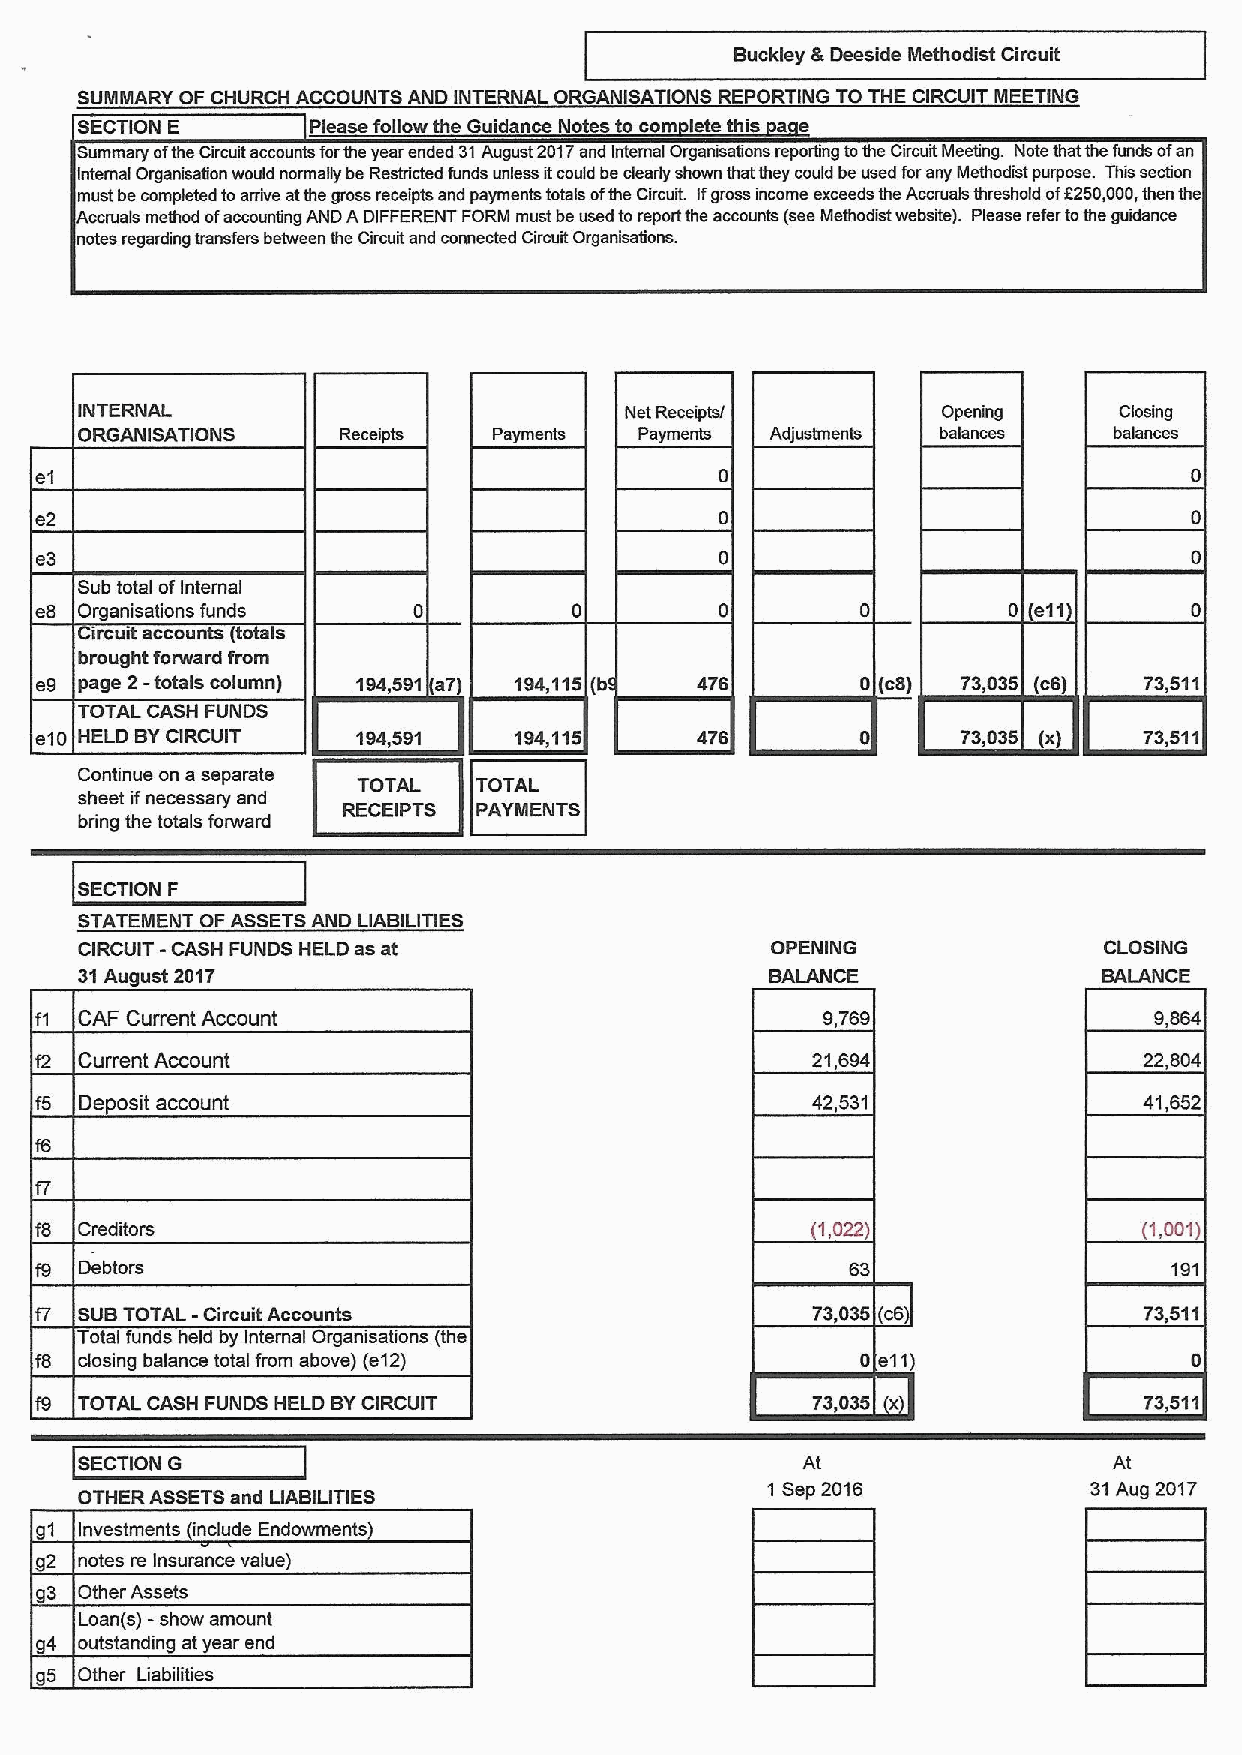
Buckley &Deeside Nlethodist Circuit
 SUIIIIMARY OF CHURCH ACCOUNTS AND INTERNAL ORGANISATIONS REPORTING TO THE CIRCUIT IIIIEETING
 SECTION E       Please followthe Guidance Notes to com lets this a e
 Summary ofthe Circuit accounts forthe year ended 31August 2017snd Internal Orgsnissfions reporting tothe Circuit Meeting. Note that the funds ofan
 Internal Organisabcn would normally be Resbicted funds unless itcould be clearly shown that they could be used forany Methodist purpose. This secbcn
 must be completed toarrive atthe gross receipts and payments totals ofthe Circuit. Ifgross income exceeds the Accrusls threshold ofE250,000,then the
 Accruals method ofaccounting AND ADIFFEREM FORM must be used toreport the accounts (see Methodist website). Please refer tcthe guidance
 notes regarding transfers between the Circuit snd connected Circuit Organisagcns.
 INTERNAL                            Net Receiptsr        Opening     Closing
 ORGANISATIONS    Receipts   Payments Payments Adjusbnenls balances   balances
 e1
 e2
 e3
 Sub total ofInternal
 e8 Organisations funds                                            (e11)
 rrcurt accounts (t Is
 brought forward from
 e9 page 2-totals column) 194,591 a7) 194,115(b 476      (c8)  73,035 (c6) 73,511
 TOTAL CASH FUNDS
 e10 HELD BYCIRCUIT    194,591   194,115     476               73,035 (x)  73,511
 Continue on a separate
 TOTAL  TOTAL
 sheet ifnecessary and
 RECEIPTS PAYMENTS
 bring the totals forward
 SECTION F
 STATEMENT OF ASSETSAND LIABILITIES
 CIRCUIT -CASH FUNDS HELD as at                OPENING               CLOSING
 31August 2017                                 BALANCE               BALANCE
 f1 CAF Current Account                              9,769                 9,864
 12 Current Account                                  21,694                22,804
 f5 De osit account                                  42,531                41,652
 f6
 f8 Creditors                                        (1,022)               (1,001)
 f9 Debtors                                                                  191
 f7 SUBTOTAL -Circuit Accounts                       73,035 (06)           73,511
 Total funds held by Internal Organisations (the
 closing balance total from above) (e12)             0 e11)
 f9 TOTAL CASH FUNDS HELD BYCIRCUIT                  73,035 (x)            73,511
 SECTION G                                       At                   At
 OTHER ASSETSand LIABIUTIES                    1 Sep 2016           31Aug 2017
 Investments (include Endowments)
 notes re Insurance value)
 g3 Other Assets
 -
 Loan(s) show amount
 g4 outstanding at year end
 g5 Other Liabilities